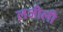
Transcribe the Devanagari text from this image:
लजीली